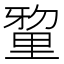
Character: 𮡘